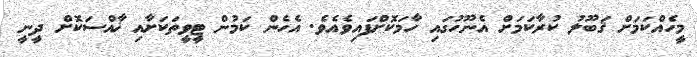
މީހެއްކަމަށް ޤަބޫލު ކުރާކަމަށް އެނޫހުގައި ހާމަކޮށްފައިވެއެވެ. އެހެން ކަމުން ޓީވީތަކަށާއި ޚާއްސަކޮށް ދީނީ